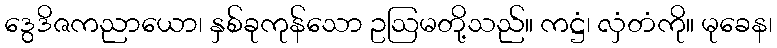
ဒွေဒိဇကညာယော၊ နှစ်ခုကုန်သော ဥဩမတို့သည်။ ကဋ္ဌံ၊ လှံတံကို။ မုခေန၊